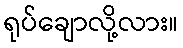
ရုပ်ချောလို့လား။